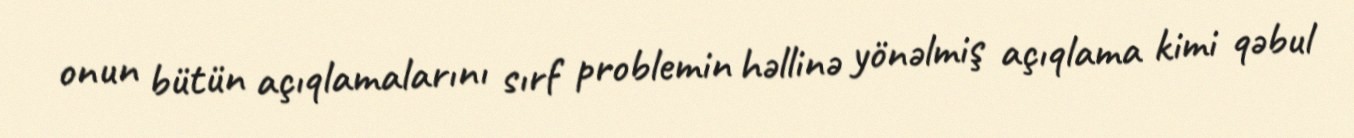
onun bütün açıqlamalarını sırf problemin həllinə yönəlmiş açıqlama kimi qəbul